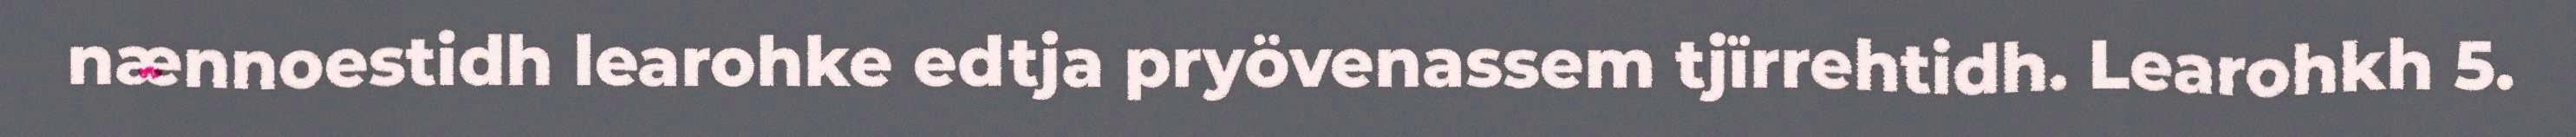
nænnoestidh learohke edtja pryövenassem tjïrrehtidh. Learohkh 5.